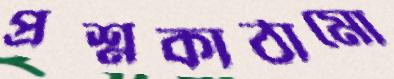
প্রশ্নকাঠামো